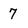
Character: 7